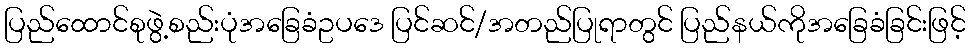
ပြည်ထောင်စုဖွဲ့စည်းပုံအခြေခံဥပဒေ ပြင်ဆင်/အတည်ပြုရာတွင် ပြည်နယ်ကိုအခြေခံခြင်းဖြင့်